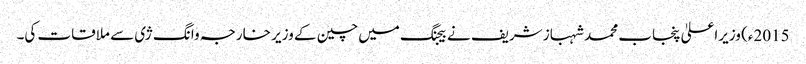
2015ء) وزیراعلیٰ پنجاب محمد شہباز شریف نے بیجنگ میں چین کے وزیر خارجہ وانگ ژی سے ملاقات کی۔